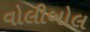
વોલીબોલ